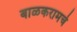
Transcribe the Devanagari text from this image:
बाळकरामचे